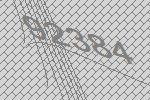
92384